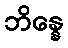
ဘိန္နေ